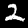
Label: 2